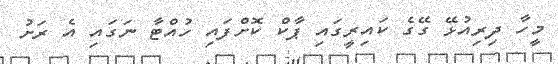
މީހާ ދިރިއުޅޭ ގޭގެ ކައިރީގައި ޕާކް ކޮށްފައި ހުއްޓާ ނަގައި އެ ރަށު